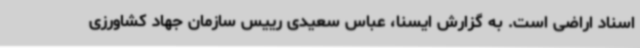
اسناد اراضی است. به گزارش ایسنا، عباس سعیدی رییس سازمان جهاد کشاورزی